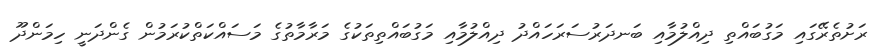
ރަށުތެރޭގައި މަގުބައްތި ދިއްލުމާއި ބަނދަރުސަރަހައްދު ދިއްލުމާއި މަގުބައްތިތަކުގެ މަރާމާތުގެ މަސައްކަތްކުރަމުން ގެންދަނީ ހިމަންދޫ